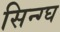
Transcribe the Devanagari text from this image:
सिन्ग्घ